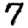
Digit: 7